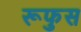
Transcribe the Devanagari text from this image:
रूफुस